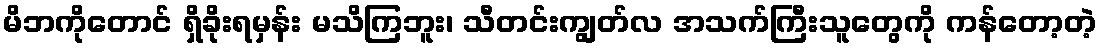
မိဘကိုတောင် ရှိခိုးရမှန်း မသိကြဘူး၊ သီတင်းကျွတ်လ အသက်ကြီးသူတွေကို ကန်တော့တဲ့